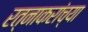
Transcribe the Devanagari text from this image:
रत्नाकरांच्या